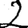
Digit: 2